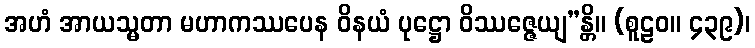
အဟံ အာယသ္မတာ မဟာကဿပေန ဝိနယံ ပုဋ္ဌော ဝိဿဇ္ဇေယျ”န္တိ။ (စူဠဝ။ ၄၃၉)၊